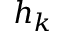
h _ { k }